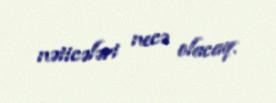
nəticələri necə olacaq.